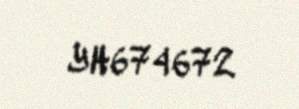
YH674672